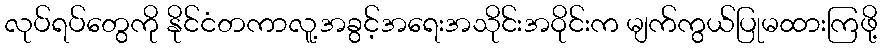
လုပ်ရပ်တွေကို နိုင်ငံတကာလူ့အခွင့်အရေးအသိုင်းအဝိုင်းက မျက်ကွယ်ပြုမထားကြဖို့